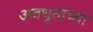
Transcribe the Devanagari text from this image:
अवधूताच्या